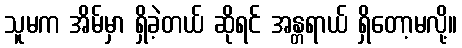
သူမက အိမ်မှာ ရှိခဲ့တယ် ဆိုရင် အန္တရာယ် ရှိတော့မလို့။